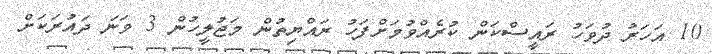
10 އަހަރު ދުވަހު ރައީސްކަން ކުރެއްވުމަށްފަހު ރައްޔިތުން މަޖުލީހުން 3 ވަނަ ދައުރަކަށް